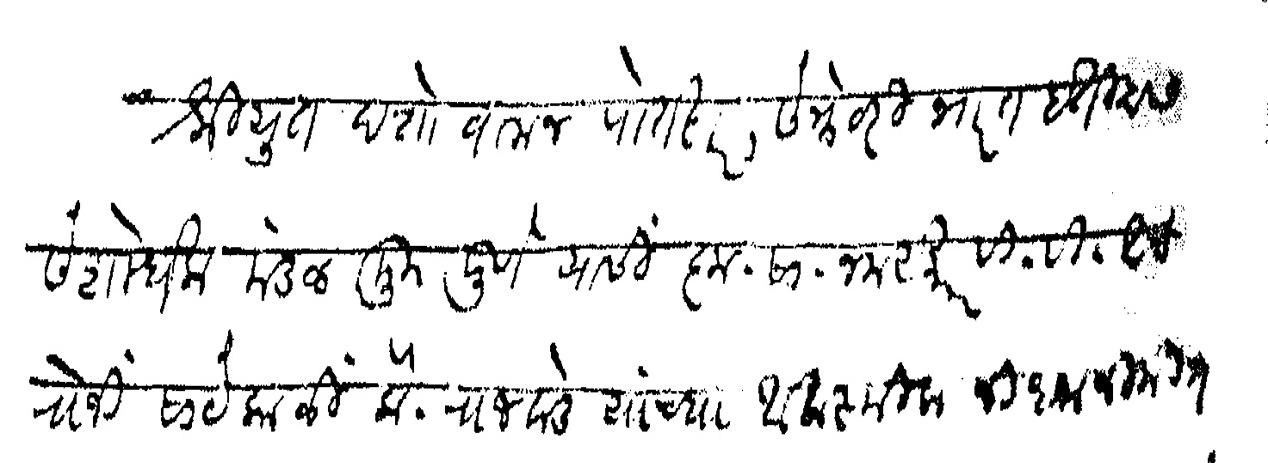
Transliteration (Devanagari): श्रीयुत दत्तो वामन पोतदार सेक्रेटरी भारत इतिहास संशोधक मंडळ मु पुणे यांसी कृ सा नमस्कार वि वि आज रोजी सायंकाळी कै राजवाडे यांच्या आकस्मिक निधनानिमित्त